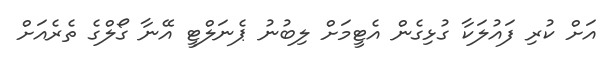
އަށް ކުރި ފައުލަކާ ގުޅިގެން އެޓީމަށް ލިބުނު ޕެނަލްޓީ އޭނާ ގޯލްގެ ތެރެއަށް